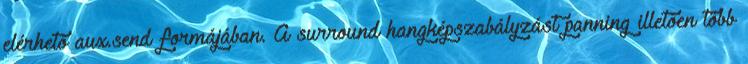
elérhetô aux.send formájában. A surround hangképszabályzást panning illetôen több